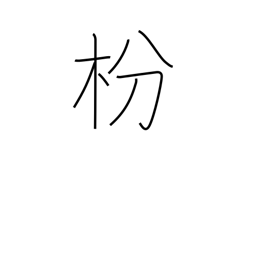
Meaning: pine tree